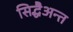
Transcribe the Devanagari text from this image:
सिद्धैअन्त